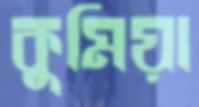
কুমিয়া